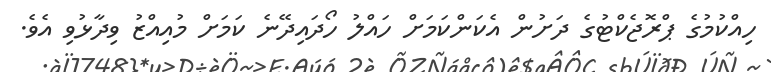
ހިއްކުމުގެ ޕްރޮޖެކްޓުގެ ދަށުން އެކަންކަމަށް ހައްލު ހޯދައިދޭނެ ކަަމަށް މުއިއްޒު ވިދާޅުވި އެވެ.